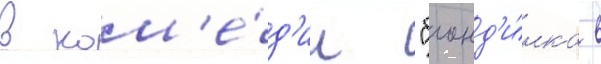
в ком'е́д'ии "блонд'и́нка в